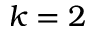
k = 2